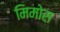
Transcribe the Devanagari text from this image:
मिमोस